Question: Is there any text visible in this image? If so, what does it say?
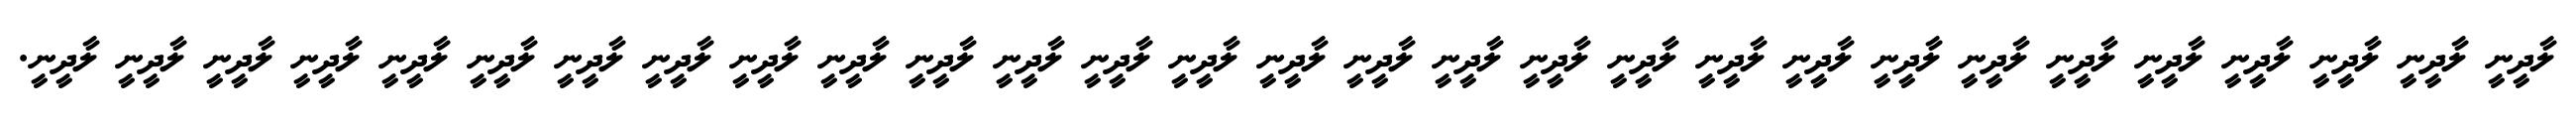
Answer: ލާދީނީ ލާދީނީ ލާދީނީ ލާދީނީ ލާދީނީ ލާދީނީ ލާދީނީ ލާދީނީ ލާދީނީ ލާދީނީ ލާދީނީ ލާދީނީ ލާދީނީ ލާދީނީ ލާދީނީ ލާދީނީ ލާދީނީ ލާދީނީ ލާދީނީ ލާދީނީ ލާދީނީ ލާދީނީ ލާދީނީ ލާދީނީ ލާދީނީ ލާދީނީ ލާދީނީ ލާދީނީ ލާދީނީ.